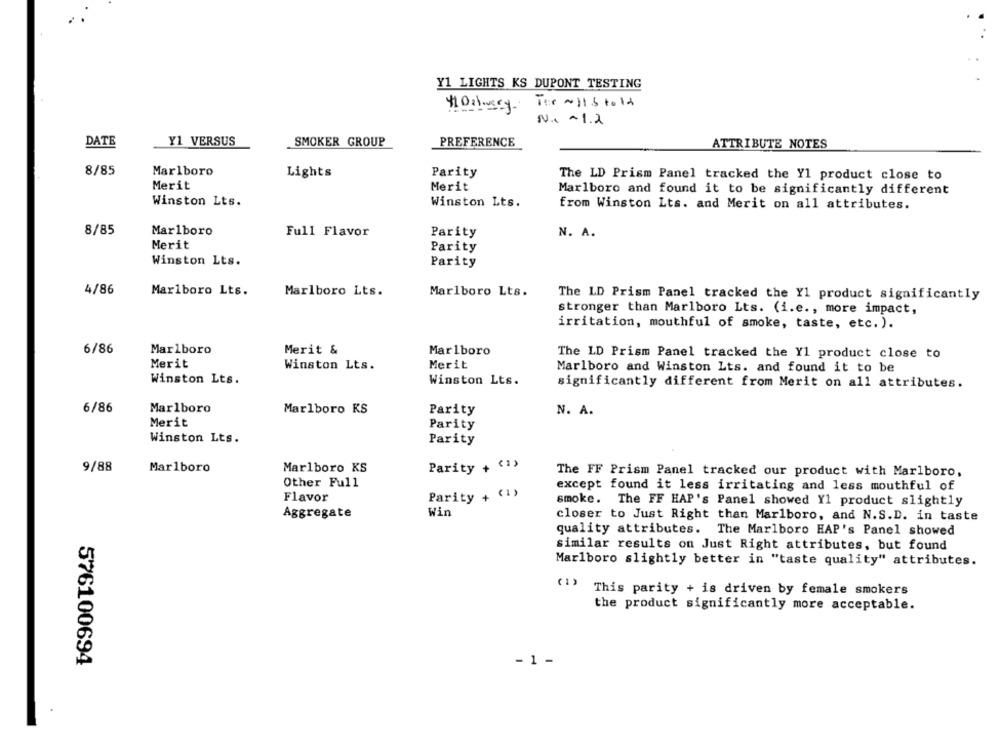
Y1 LIGHTS KS DUPONT TESTING
The wis told
N. ~ 1.2
DATE
Y1 VERSUS
SMOKER GROUP
PREFERENCE
ATTRIBUTE NOTES
8/85
Marlboro
Lights
Parity
The LD Prism Panel tracked the Yl product close to
Merit
Merit
Marlboro and found it to be significantly different
Winston Lts.
Winston Lts.
from Winston Lts. and Merit on all attributes.
8/85
Marlboro
Full Flavor
Parity
N. A.
Merit
Parity
Winston Lts.
Parity
4/86
Marlboro Lts.
Marlboro Lts.
Marlboro Lts.
The LD Prism Panel tracked the Y1 product significantly
stronger than Marlboro Lts. (i.e ., more impact,
irritation, mouthful of smoke, taste, etc.).
6/86
Marlboro
Merit &
Marlboro
The LD Prism Panel tracked the Y1 product close to
Merit
Winston Lts.
Merit
Marlboro and Winston Lts. and found it to be
Winston Lts.
Winston Lts.
significantly different from Merit on all attributes.
6/86
Marlboro
Marlboro KS
Parity
N. A.
Merit
Parity
Winston Lts.
Parity
9/88
Marlboro
Marlboro KS
Parity + (1)
The FF Prism Panel tracked our product with Marlboro,
Other Full
except found it less irritating and less mouthful of
Parity + (1)
Flavor
smoke. The FF HAP's Panel showed Yl product slightly
Aggregate
Win
closer to Just Right than Marlboro, and N.S.D. in taste
quality attributes. The Marlboro HAP's Panel showed
similar results on Just Right attributes, but found
Marlboro slightly better in "taste quality" attributes.
( 1)
This parity + is driven by female smokers
the product significantly more acceptable.
576100694
- 1 -